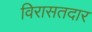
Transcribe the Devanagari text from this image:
विरासतदार